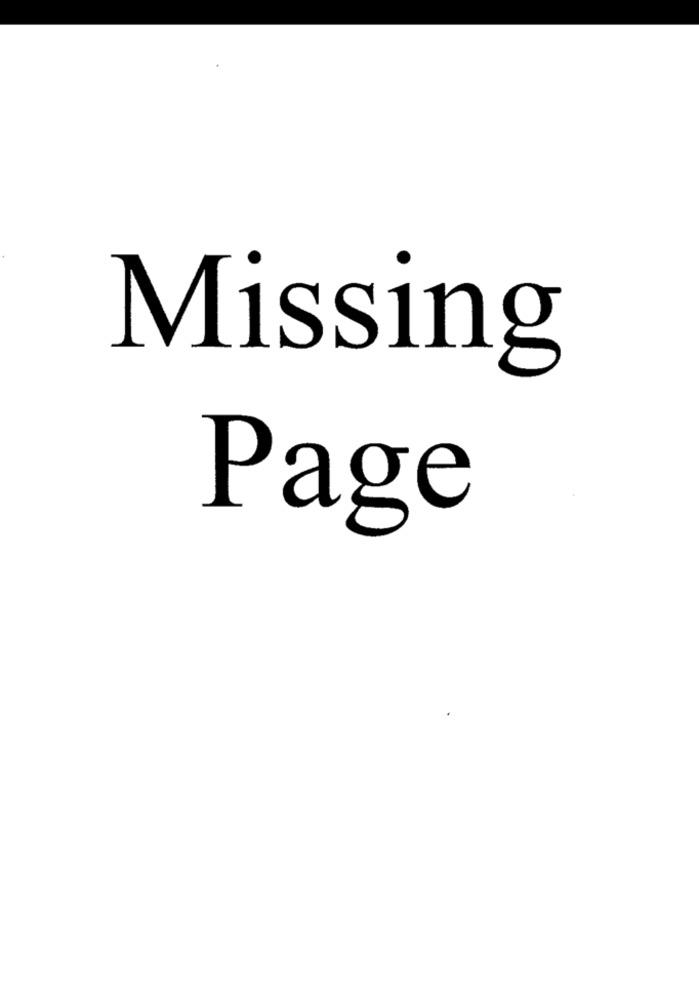
Missing
Page